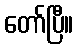
တော်ပြီ။